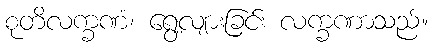
စုတိလက္ခဏံ၊ ရွေ့လျားခြင်း လက္ခဏာသည်။